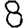
Digit: 8